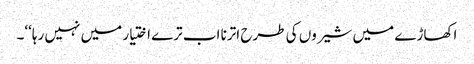
اکھاڑے میں شیروں کی طرح اترنا اب ترے اختیار میں نہیں رہا‘‘۔